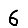
Digit: 6